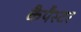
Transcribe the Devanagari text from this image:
कैपैस्टर